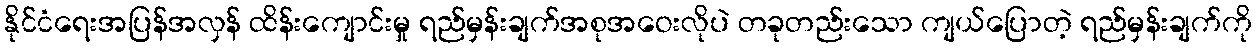
နိုင်ငံရေးအပြန်အလှန် ထိန်းကျောင်းမှု ရည်မှန်းချက်အစုအဝေးလိုပဲ တခုတည်းသော ကျယ်ပြောတဲ့ ရည်မှန်းချက်ကို